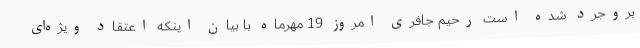
بروجرد شده است رحیم جافری امروز 19 مهرماه با بیان اینکه اعتقاد ویژه‌ای